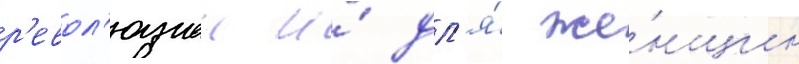
р'евол'юциеи и́ дл'я́ же́нщин